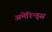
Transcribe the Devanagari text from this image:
अमेरिन्ड्स